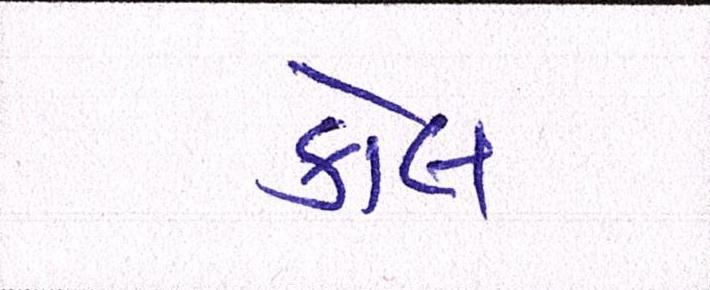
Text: કોલ